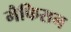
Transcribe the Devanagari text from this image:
मैफिसन